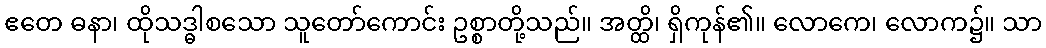
ဧတေ ဓနာ၊ ထိုသဒ္ဓါစသော သူတော်ကောင်း ဥစ္စာတို့သည်။ အတ္ထိ၊ ရှိကုန်၏။ လောကေ၊ လောက၌။ သာ